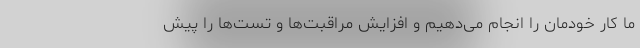
ما کار خودمان را انجام می‌دهیم و افزایش مراقبت‌ها و تست‌ها را پیش